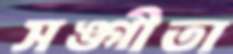
সঙ্গীতা